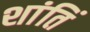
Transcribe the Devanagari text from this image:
शांतिं